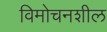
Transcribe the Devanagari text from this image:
विमोचनशील